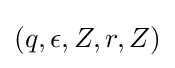
(q,\epsilon ,Z,r,Z)